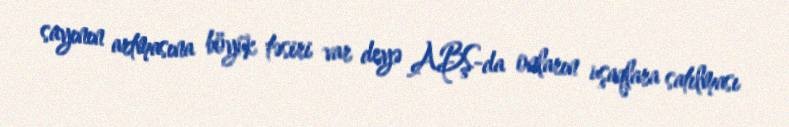
sayının artmasına böyük təsiri var deyə ABŞ-da onların uşaqlara satılması